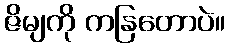
ဇိမျကို ကနြတောပဲ။